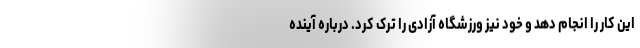
این کار را انجام دهد و خود نیز ورزشگاه آزادی را ترک کرد. درباره آینده